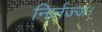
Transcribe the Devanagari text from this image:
निर्लज्ज।